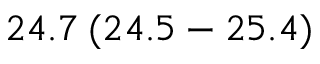
2 4 . 7 \: ( 2 4 . 5 - 2 5 . 4 )